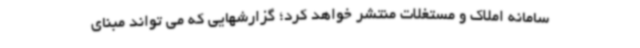
سامانه املاک و مستغلات منتشر خواهد کرد؛ گزارشهایی که می تواند مبنای